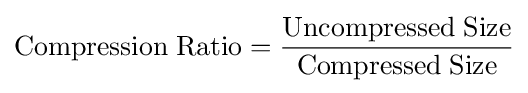
{\rm {Compression\;Ratio}}={\frac {\rm {Uncompressed\;Size}}{\rm {Compressed\;Size}}}